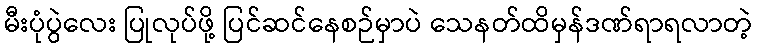
မီးပုံပွဲလေး ပြုလုပ်ဖို့ ပြင်ဆင်နေစဉ်မှာပဲ သေနတ်ထိမှန်ဒဏ်ရာရလာတဲ့